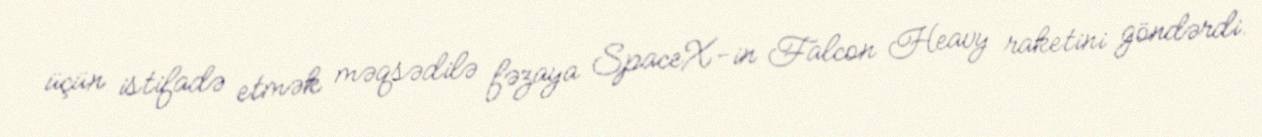
üçün istifadə etmək məqsədilə fəzaya SpaceX-in Falcon Heavy raketini göndərdi.